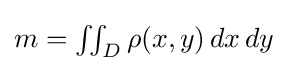
{\textstyle m=\iint _{D}\rho (x,y)\,dx\,dy}